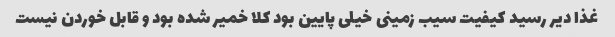
غذا دیر رسید کیفیت سیب زمینی خیلی پایین بود کلا خمیر شده بود و قابل خوردن نیست